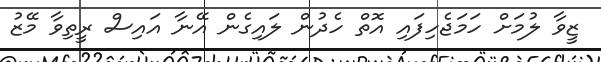
ޒީވާ ލުމަށް ހަމަޖެހިފައި އޮތް ހެދުން ލައިގެން އޭނާ އައިސް ރީތިވާ މޭޒު